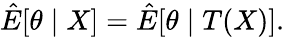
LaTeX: {\hat{E}}[\theta\mid X]={\hat{E}}[\theta\mid T(X)].